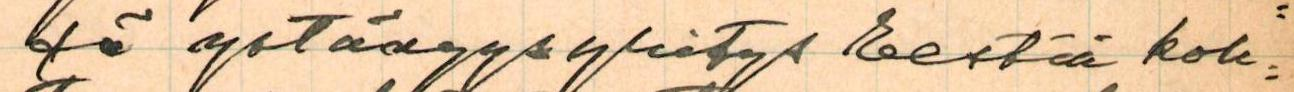
sä ystävyysyritys Eestää koh=